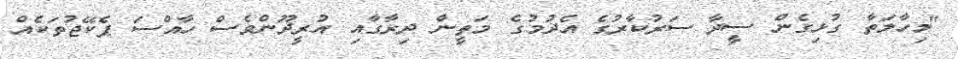
"މިހާލަތާ ގުޅިގެން ސީދާ ސަރުކާރުގެ އެދުމުގެ މަތީން ދިރާގާއި އުރީދޫންވެސް ހާއްސަ ޕެކޭޖުތަކެއް